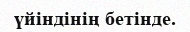
үйіндінің бетінде.